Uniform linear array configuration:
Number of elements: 4
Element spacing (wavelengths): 0.75
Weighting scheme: hamming
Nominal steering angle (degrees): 0
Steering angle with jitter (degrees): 1.755
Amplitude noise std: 0.05
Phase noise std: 0.05

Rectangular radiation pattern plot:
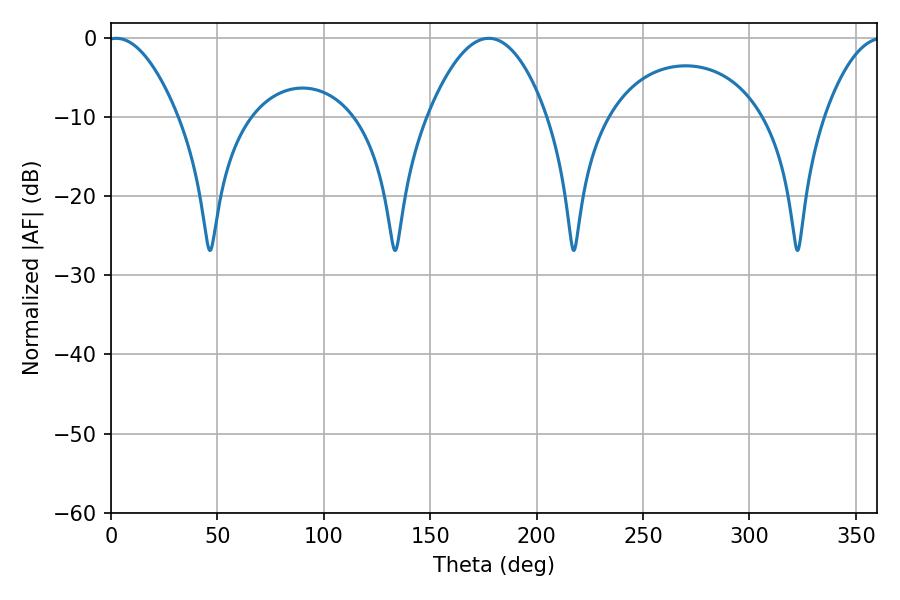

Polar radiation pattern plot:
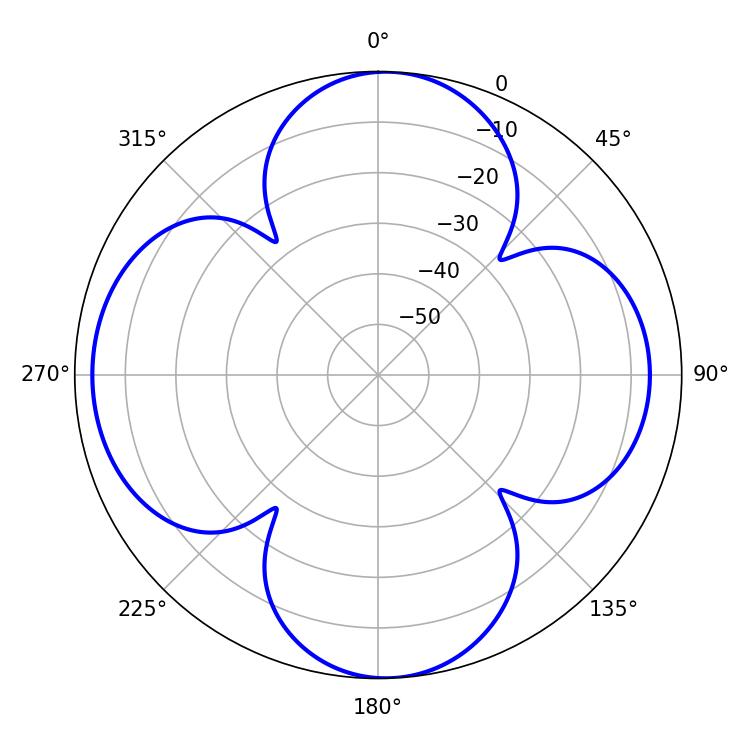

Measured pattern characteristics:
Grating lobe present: TRUE
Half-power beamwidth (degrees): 18.18
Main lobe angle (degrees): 2.52